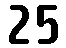
25